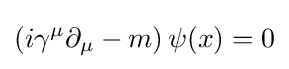
\left(i\gamma ^{\mu }\partial _{\mu }-m\right)\psi (x)=0